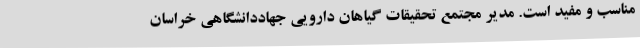
مناسب و مفید است. مدیر مجتمع تحقیقات گیاهان دارویی جهاددانشگاهی خراسان